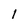
Character: 1